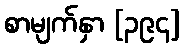
စာမျက်နှာ [၃၉၄]